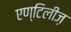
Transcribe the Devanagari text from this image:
एण्टिलीज़